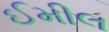
ઈમીલ